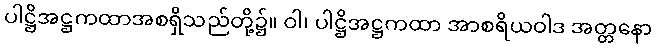
ပါဋ္ဌိအဋ္ဌကထာအစရှိသည်တို့၌။ ဝါ၊ ပါဋ္ဌိအဋ္ဌကထာ အာစရိယဝါဒ အတ္တနော